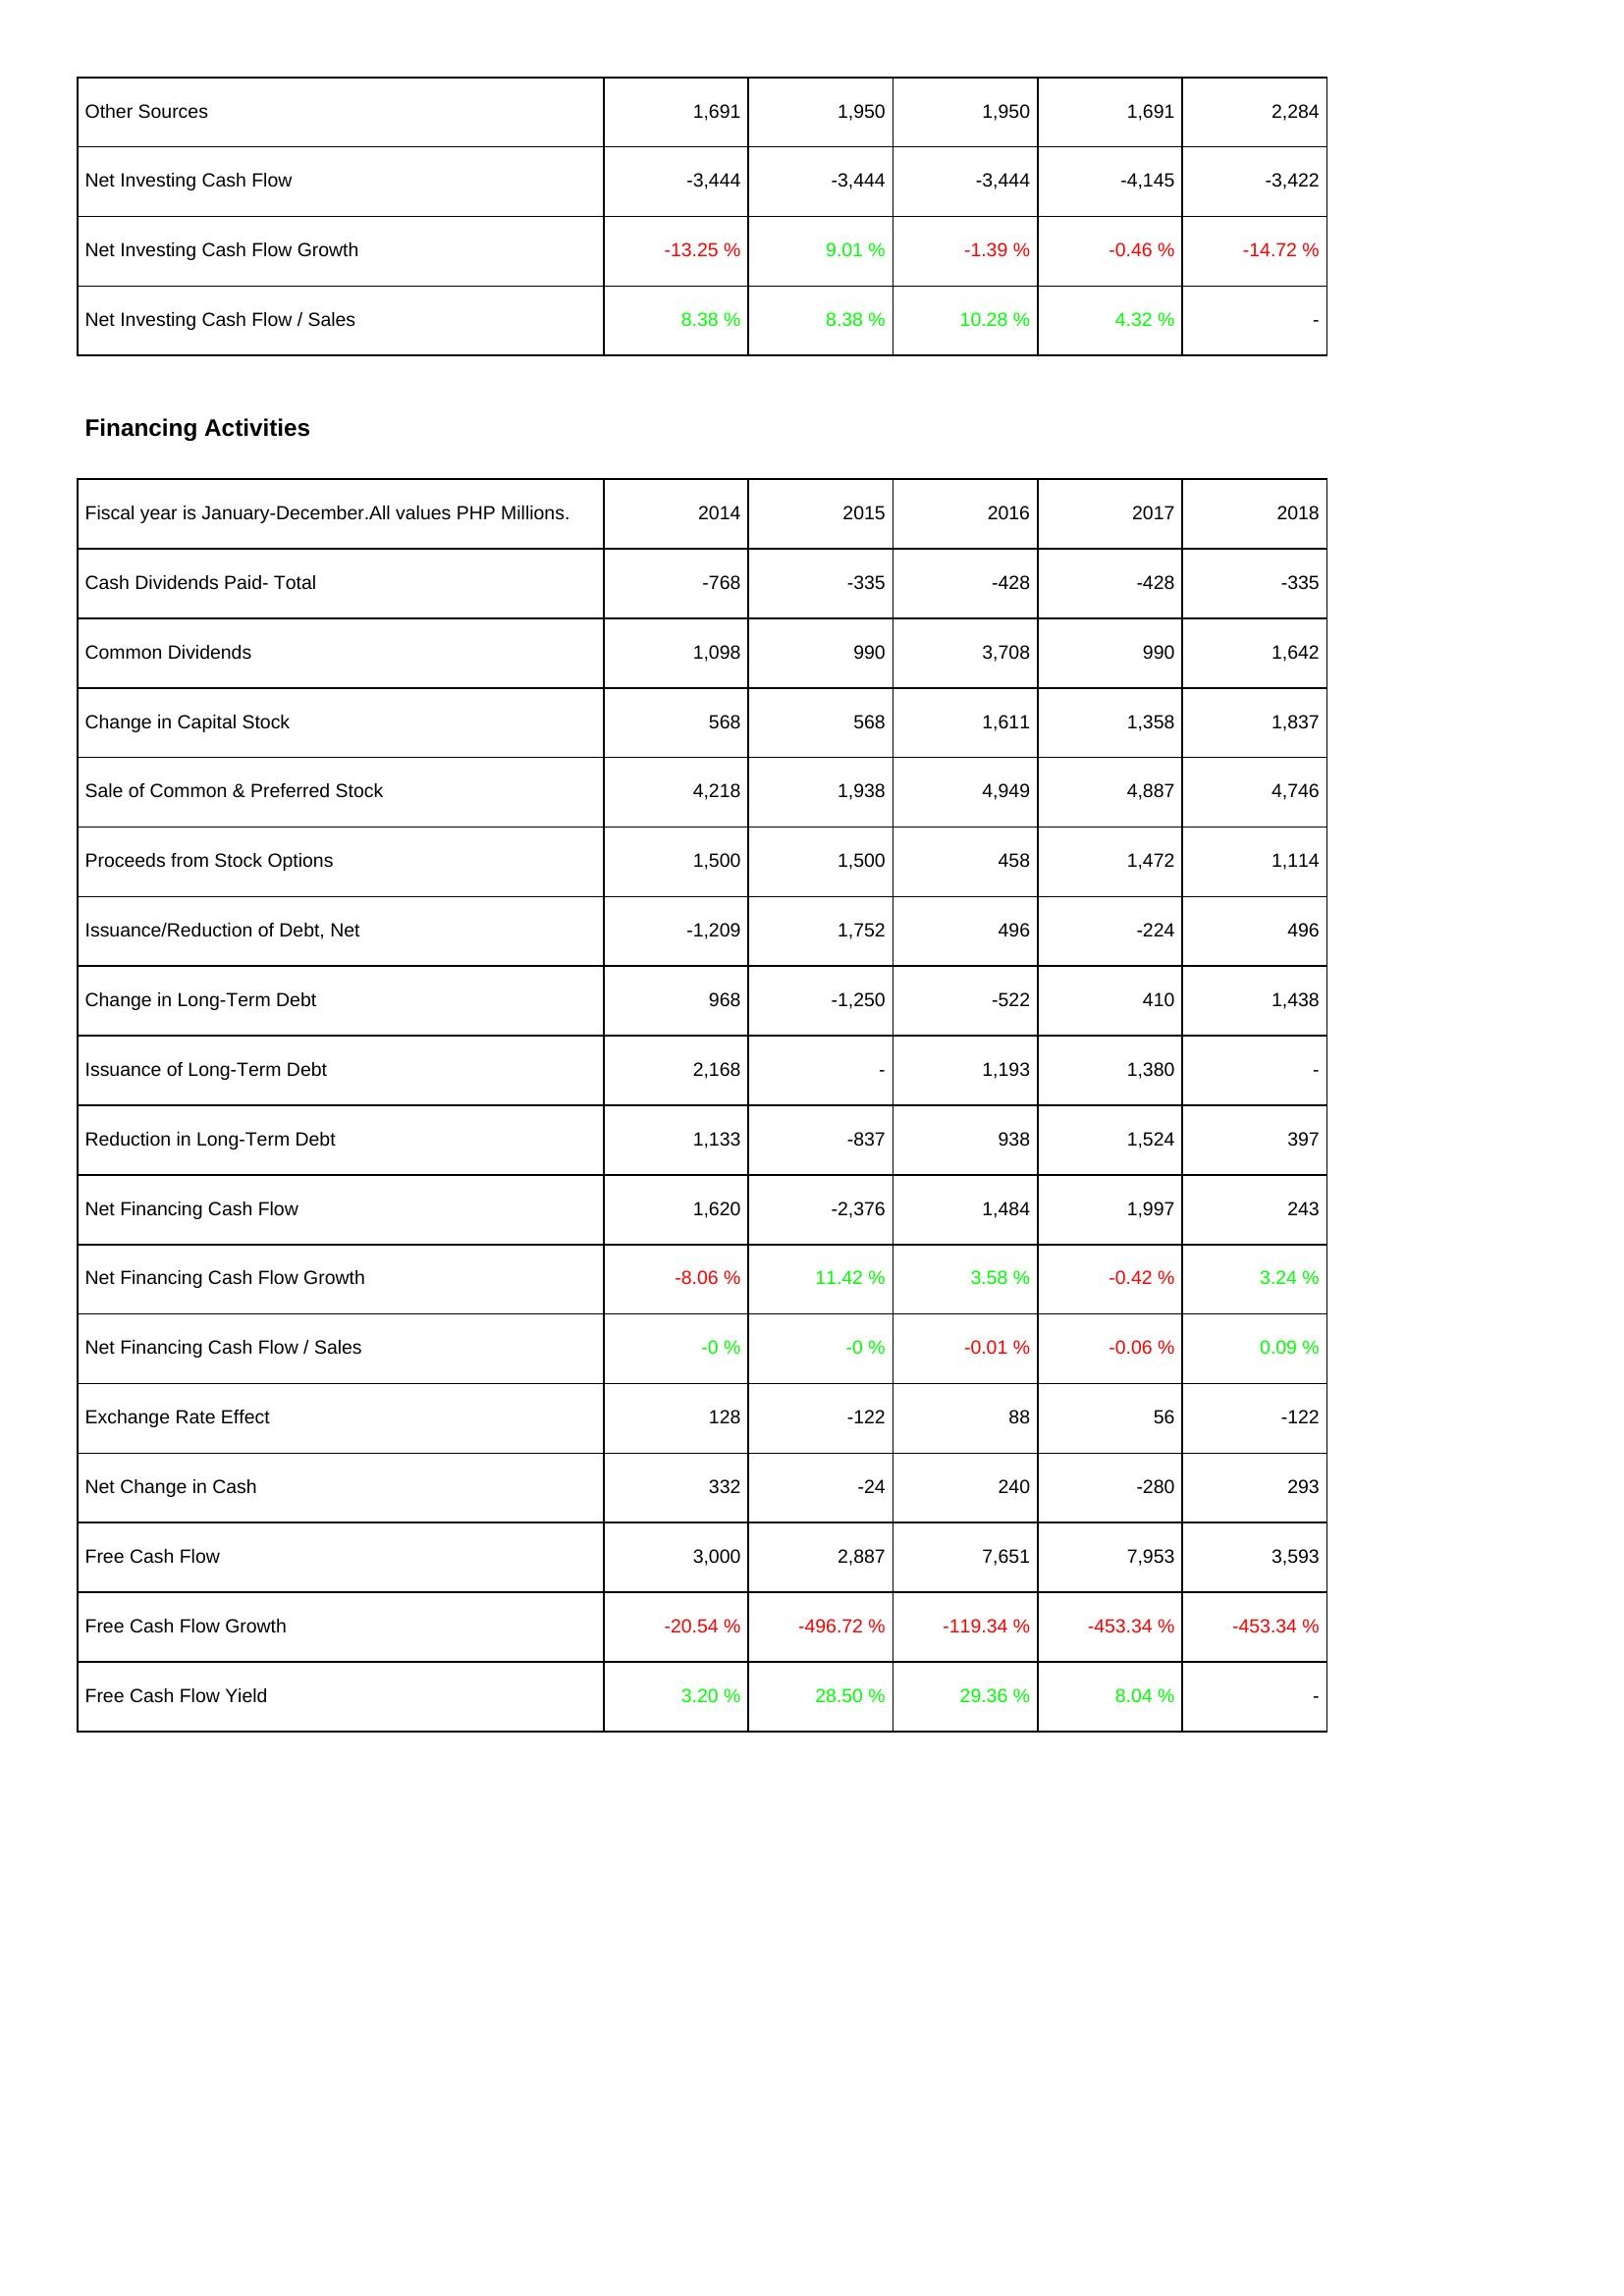
2014: Investing Activities: Other Sources: 1,691
Net Investing Cash Flow: -3,444
Net Investing Cash Flow Growth: -13.25 %
Net Investing Cash Flow / Sales: 8.38 %
Financing Activities: Cash Dividends Paid- Total: -768
Common Dividends: 1,098
Change in Capital Stock: 568
Sale of Common & Preferred Stock: 4,218
Proceeds from Stock Options: 1,500
Issuance/Reduction of Debt, Net: -1,209
Change in Long-Term Debt: 968
Issuance of Long-Term Debt: 2,168
Reduction in Long-Term Debt: 1,133
Net Financing Cash Flow: 1,620
Net Financing Cash Flow Growth: -8.06 %
Net Financing Cash Flow / Sales: -0 %
Exchange Rate Effect: 128
Net Change in Cash: 332
Free Cash Flow: 3,000
Free Cash Flow Growth: -20.54 %
Free Cash Flow Yield: 3.20 %
2015: Investing Activities: Other Sources: 1,950
Net Investing Cash Flow: -3,444
Net Investing Cash Flow Growth: 9.01 %
Net Investing Cash Flow / Sales: 8.38 %
Financing Activities: Cash Dividends Paid- Total: -335
Common Dividends: 990
Change in Capital Stock: 568
Sale of Common & Preferred Stock: 1,938
Proceeds from Stock Options: 1,500
Issuance/Reduction of Debt, Net: 1,752
Change in Long-Term Debt: -1,250
Issuance of Long-Term Debt: -
Reduction in Long-Term Debt: -837
Net Financing Cash Flow: -2,376
Net Financing Cash Flow Growth: 11.42 %
Net Financing Cash Flow / Sales: -0 %
Exchange Rate Effect: -122
Net Change in Cash: -24
Free Cash Flow: 2,887
Free Cash Flow Growth: -496.72 %
Free Cash Flow Yield: 28.50 %
2016: Investing Activities: Other Sources: 1,950
Net Investing Cash Flow: -3,444
Net Investing Cash Flow Growth: -1.39 %
Net Investing Cash Flow / Sales: 10.28 %
Financing Activities: Cash Dividends Paid- Total: -428
Common Dividends: 3,708
Change in Capital Stock: 1,611
Sale of Common & Preferred Stock: 4,949
Proceeds from Stock Options: 458
Issuance/Reduction of Debt, Net: 496
Change in Long-Term Debt: -522
Issuance of Long-Term Debt: 1,193
Reduction in Long-Term Debt: 938
Net Financing Cash Flow: 1,484
Net Financing Cash Flow Growth: 3.58 %
Net Financing Cash Flow / Sales: -0.01 %
Exchange Rate Effect: 88
Net Change in Cash: 240
Free Cash Flow: 7,651
Free Cash Flow Growth: -119.34 %
Free Cash Flow Yield: 29.36 %
2017: Investing Activities: Other Sources: 1,691
Net Investing Cash Flow: -4,145
Net Investing Cash Flow Growth: -0.46 %
Net Investing Cash Flow / Sales: 4.32 %
Financing Activities: Cash Dividends Paid- Total: -428
Common Dividends: 990
Change in Capital Stock: 1,358
Sale of Common & Preferred Stock: 4,887
Proceeds from Stock Options: 1,472
Issuance/Reduction of Debt, Net: -224
Change in Long-Term Debt: 410
Issuance of Long-Term Debt: 1,380
Reduction in Long-Term Debt: 1,524
Net Financing Cash Flow: 1,997
Net Financing Cash Flow Growth: -0.42 %
Net Financing Cash Flow / Sales: -0.06 %
Exchange Rate Effect: 56
Net Change in Cash: -280
Free Cash Flow: 7,953
Free Cash Flow Growth: -453.34 %
Free Cash Flow Yield: 8.04 %
2018: Investing Activities: Other Sources: 2,284
Net Investing Cash Flow: -3,422
Net Investing Cash Flow Growth: -14.72 %
Net Investing Cash Flow / Sales: -
Financing Activities: Cash Dividends Paid- Total: -335
Common Dividends: 1,642
Change in Capital Stock: 1,837
Sale of Common & Preferred Stock: 4,746
Proceeds from Stock Options: 1,114
Issuance/Reduction of Debt, Net: 496
Change in Long-Term Debt: 1,438
Issuance of Long-Term Debt: -
Reduction in Long-Term Debt: 397
Net Financing Cash Flow: 243
Net Financing Cash Flow Growth: 3.24 %
Net Financing Cash Flow / Sales: 0.09 %
Exchange Rate Effect: -122
Net Change in Cash: 293
Free Cash Flow: 3,593
Free Cash Flow Growth: -453.34 %
Free Cash Flow Yield: -